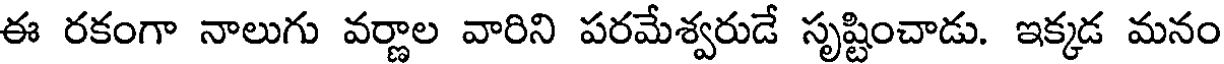
ఈ రకంగా నాలుగు వర్ణాల వారిని పరమేశ్వరుడే సృష్టించాడు. ఇక్కడ మనం